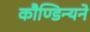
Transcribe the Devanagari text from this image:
कौण्डिन्यने